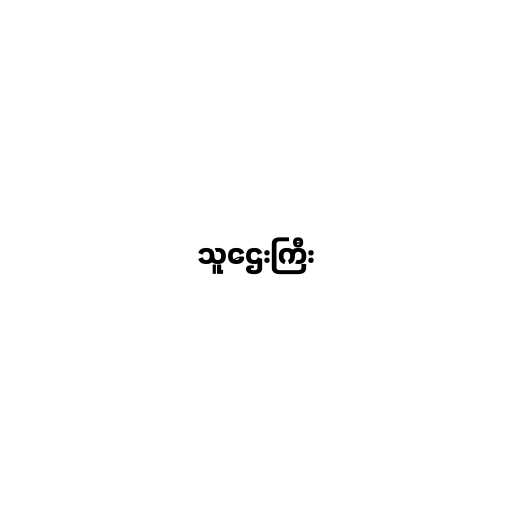
သူဌေးကြီး